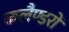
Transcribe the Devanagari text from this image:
कलैण्डरों